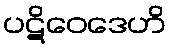
ပဋိဝေဒေဟိ